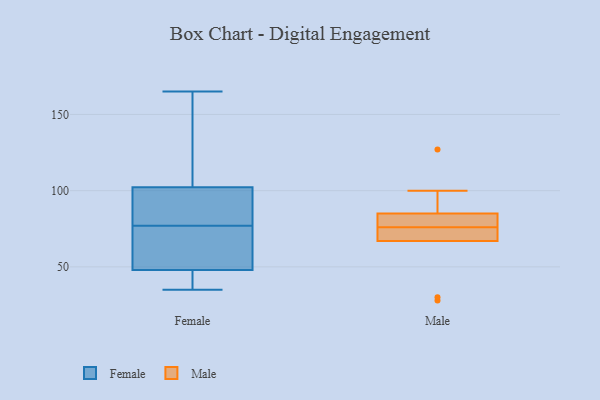
{"axis": {"x": "Gross Profit (USD K)", "y": "Value"}, "legend": ["Female", "Male"], "data": [{"x": "", "y": 87, "type": "Female"}, {"x": "", "y": 37, "type": "Female"}, {"x": "", "y": 76, "type": "Female"}, {"x": "", "y": 48, "type": "Female"}, {"x": "", "y": 77, "type": "Female"}, {"x": "", "y": 159, "type": "Female"}, {"x": "", "y": 98, "type": "Female"}, {"x": "", "y": 165, "type": "Female"}, {"x": "", "y": 48, "type": "Female"}, {"x": "", "y": 95, "type": "Female"}, {"x": "", "y": 115, "type": "Female"}, {"x": "", "y": 35, "type": "Female"}, {"x": "", "y": 50, "type": "Female"}, {"x": "", "y": 127, "type": "Male"}, {"x": "", "y": 100, "type": "Male"}, {"x": "", "y": 28, "type": "Male"}, {"x": "", "y": 30, "type": "Male"}, {"x": "", "y": 80, "type": "Male"}, {"x": "", "y": 85, "type": "Male"}, {"x": "", "y": 82, "type": "Male"}, {"x": "", "y": 72, "type": "Male"}, {"x": "", "y": 69, "type": "Male"}, {"x": "", "y": 67, "type": "Male"}]}